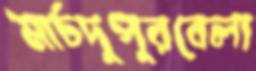
মার্চদুপুরবেলা